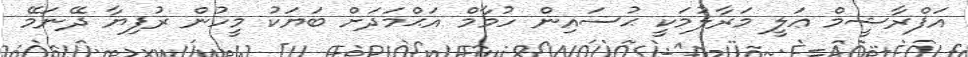
އަފްރާޝީމް ޢަލީ މަރާލުމަކީ ޙުސައިން ހުމާމް އަޙްމަދަށް ބަޔަކު މީހުން ރުފިޔާ ދޭނަމޭ